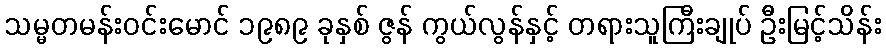
သမ္မတမန်းဝင်းမောင် ၁၉၈၉ ခုနှစ် ဇွန် ကွယ်လွန်နှင့် တရားသူကြီးချုပ် ဦးမြင့်သိန်း